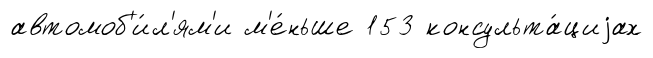
автомоб'и́л'ям'и м'е́ньше 153 консульта́циjах